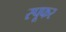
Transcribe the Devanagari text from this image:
स्पूफर